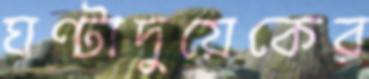
ঘণ্টাদুয়েকের